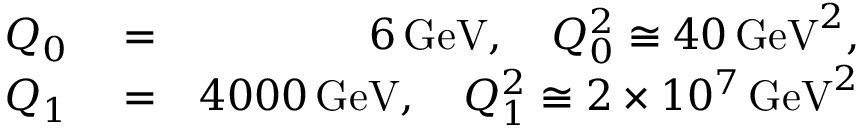
\begin{array} { r l r } { Q _ { 0 } } & { { } = } & { 6 \, \mathrm { G e V } , \quad Q _ { 0 } ^ { 2 } \cong 4 0 \, \mathrm { G e V } ^ { 2 } , } \\ { Q _ { 1 } } & { { } = } & { 4 0 0 0 \, \mathrm { G e V } , \quad Q _ { 1 } ^ { 2 } \cong 2 \times 1 0 ^ { 7 } \, \mathrm { G e V } ^ { 2 } } \end{array}